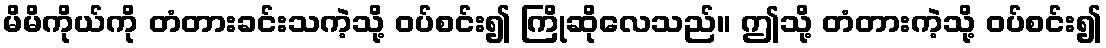
မိမိကိုယ်ကို တံတားခင်းသကဲ့သို့ ဝပ်စင်း၍ ကြိုဆိုလေသည်။ ဤသို့ တံတားကဲ့သို့ ဝပ်စင်း၍